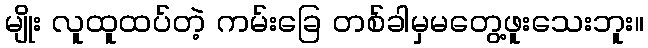
မျိုး လူထူထပ်တဲ့ ကမ်းခြေ တစ်ခါမှမတွေ့ဖူးသေးဘူး။